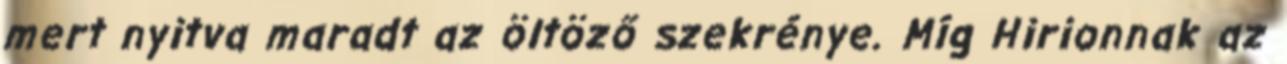
mert nyitva maradt az öltöző szekrénye. Míg Hirionnak az